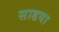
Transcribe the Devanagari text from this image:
साडया